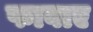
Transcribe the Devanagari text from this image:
फावाए